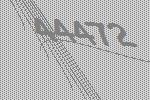
44472